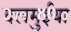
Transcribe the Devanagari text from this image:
दलमुईया